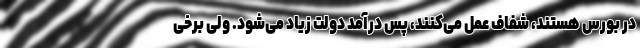
در بورس هستند، شفاف عمل می‌کنند، پس درآمد دولت زیاد می‌شود. ولی برخی